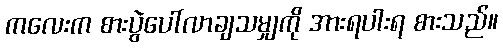
ကလေးက စားပွဲပေါ်လာချသမျှကို အားရပါးရ စားသည်။